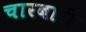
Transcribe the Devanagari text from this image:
चारबारी